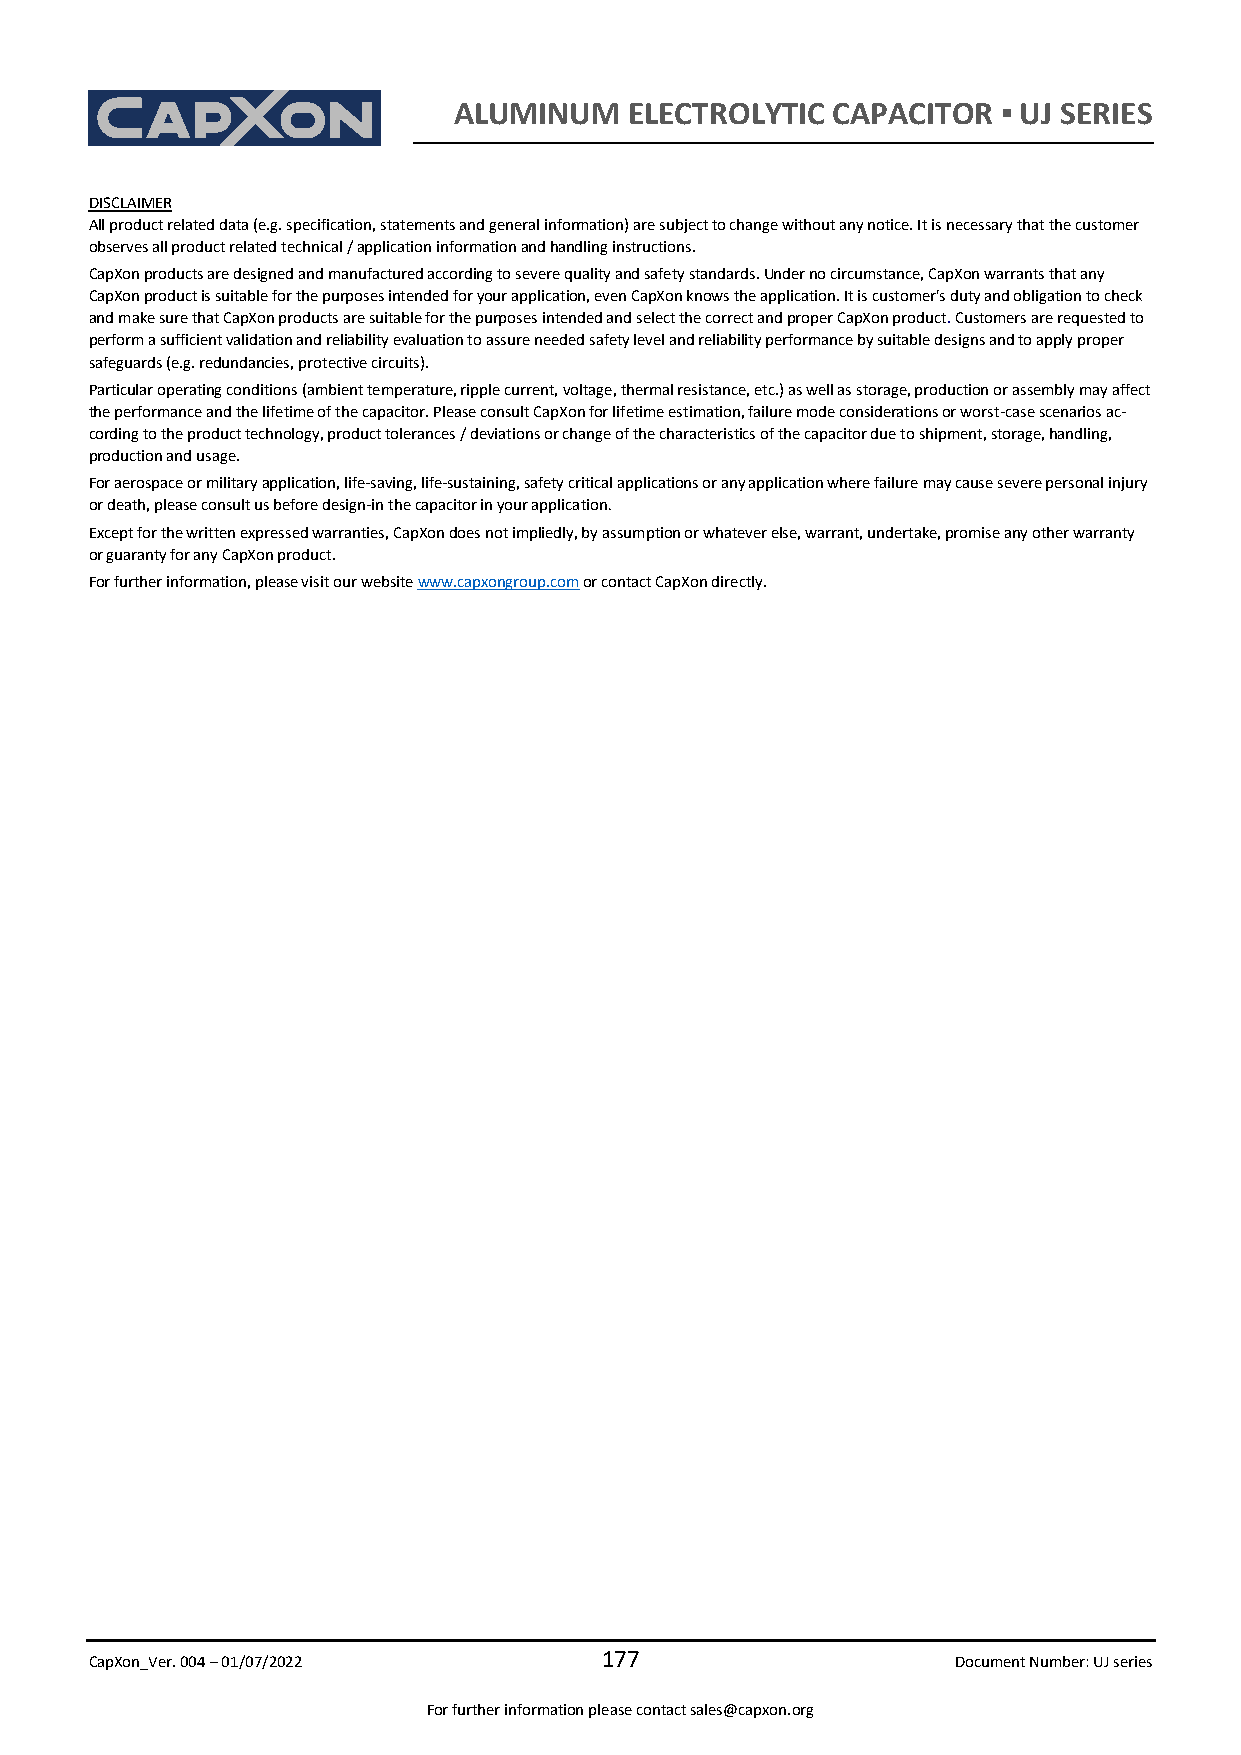
ALUMINUM    ELECTROLYTIC CAPACITOR  ▪ UJ SERIES
 DISCLAIMER
 All product related data (e.g. specification, statements and general information) are subject to change without any notice. It is necessary that the customer
 observes all product related technical / application information and handling instructions.
 CapXon products are designed and manufactured according to severe quality and safety standards. Under no circumstance, CapXon warrants that any
 CapXon product is suitable for the purposes intended for your application, even CapXon knows the application. It is customer's duty and obligation to check
 and make sure that CapXon products are suitable for the purposes intended and select the correct and proper CapXon product. Customers are requested to
 perform a sufficient validation and reliability evaluation to assure needed safety level and reliability performance by suitable designs and to apply proper
 safeguards (e.g. redundancies, protective circuits).
 Particular operating conditions (ambient temperature, ripple current, voltage, thermal resistance, etc.) as well as storage, production or assembly may affect
 the performance and the lifetime of the capacitor. Please consult CapXon for lifetime estimation, failure mode considerations or worst-case scenarios ac-
 cording to the product technology, product tolerances / deviations or change of the characteristics of the capacitor due to shipment, storage, handling,
 production and usage.
 For aerospace or military application, life-saving, life-sustaining, safety critical applications or any application where failure may cause severe personal injury
 or death, please consult us before design-in the capacitor in your application.
 Except for the written expressed warranties, CapXon does not impliedly, by assumption or whatever else, warrant, undertake, promise any other warranty
 or guaranty for any CapXon product.
 For further information, please visit our website www.capxongroup.com or contact CapXon directly.
 CapXon_Ver. 004 – 01/07/2022
 177
 Document Number: UJ series
 For further information please contact sales@capxon.org